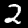
Digit: 2